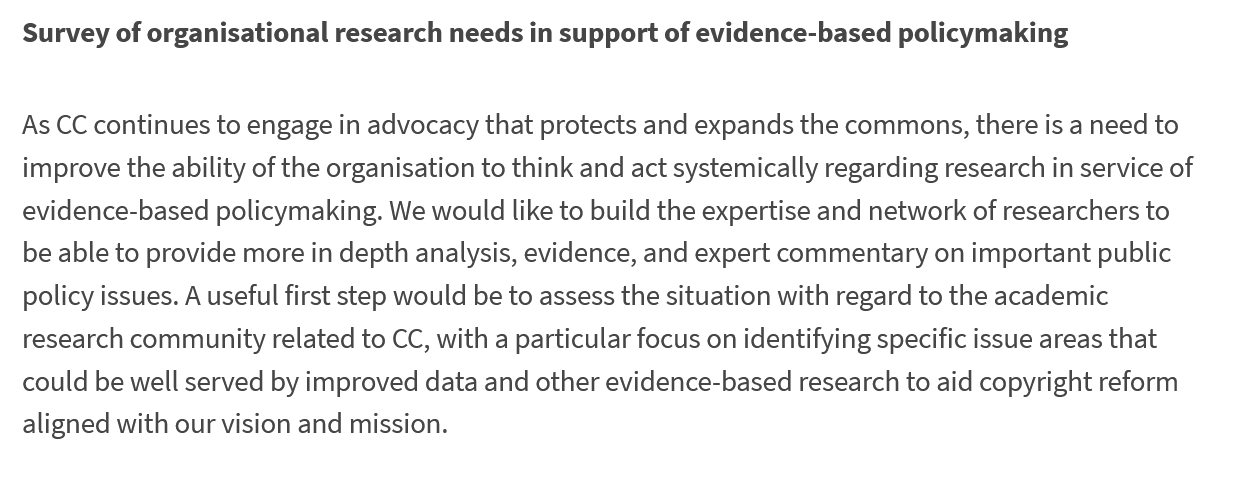
Survey of organisational research needs in support of evidence-based policymaking
  As CC continues to engage in advocacy that protects and expands the commons, there is a need to
  improve the ability of the organisation to think and act systemically regarding research in service of
  evidence-based policymaking. We would like to build the expertise and network of researchers to
  be able to provide more in depth analysis, evidence, and expert commentary on important public
  policy issues. A useful first step would be to assess the situation with regard to the academic
  research community related to CC, with a particular focus on identifying specific issue areas that
  could be well served by improved data and other evidence-based research to aid copyright reform
  aligned with our vision and mission.